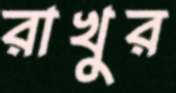
রাখুর